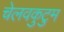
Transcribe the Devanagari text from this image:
चेलवकुटुम